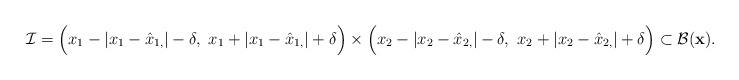
LaTeX: \begin{align*}\mathcal{I} = \Big( x_1 - |x_1 - \hat{x}_{1,}| - \delta,~x_1 + |x_1 - \hat{x}_{1,}| + \delta \Big)\times \Big( x_2 - |x_2 - \hat{x}_{2,}| - \delta,~x_2 + |x_2 - \hat{x}_{2,}| + \delta \Big) \subset \mathcal{B}(\textbf{x}).\end{align*}